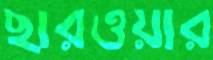
ছারওয়ার